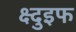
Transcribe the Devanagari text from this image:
क्ष्दुइफ